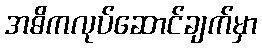
အဓိကလုပ်ဆောင်ချက်မှာ